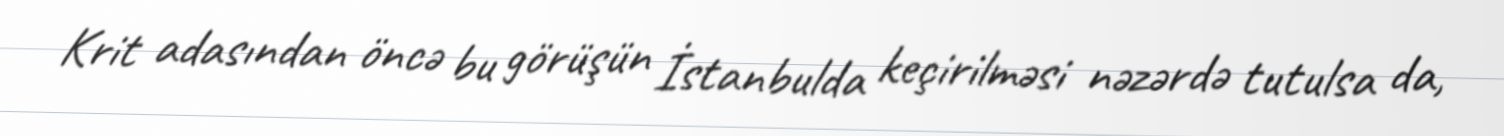
Krit adasından öncə bu görüşün İstanbulda keçirilməsi nəzərdə tutulsa da,